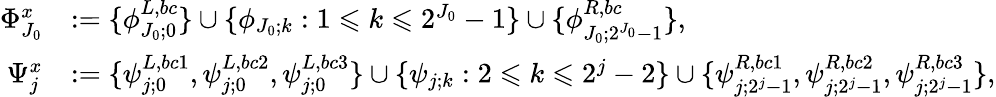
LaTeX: \begin{array}{rl}{\Phi_{J_{0}}^{x}}&{:=\{ \phi_{J_{0};0}^{L,bc}\} \cup\{ \phi_{J_{0};k}:1\leqslant k\leqslant 2^{J_{0}}-1\} \cup\{ \phi_{J_{0};2^{J_{0}}-1}^{R,bc}\} ,}\\ {\Psi_{j}^{x}}&{:=\{ \psi_{j;0}^{L,bc1},\psi_{j;0}^{L,bc2},\psi_{j;0}^{L,bc3}\} \cup\{ \psi_{j;k}:2\leqslant k\leqslant 2^{j}-2\} \cup\{ \psi_{j;2^{j}-1}^{R,bc1},\psi_{j;2^{j}-1}^{R,bc2},\psi_{j;2^{j}-1}^{R,bc3}\} ,}\end{array}